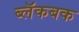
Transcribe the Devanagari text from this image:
ब्लॅकबक